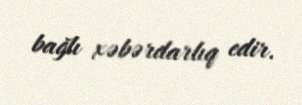
bağlı xəbərdarlıq edir.